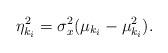
LaTeX: \begin{align*}\eta_{k_i}^2 =\sigma_x^2(\mu_{k_i} - \mu_{k_i}^2).\end{align*}